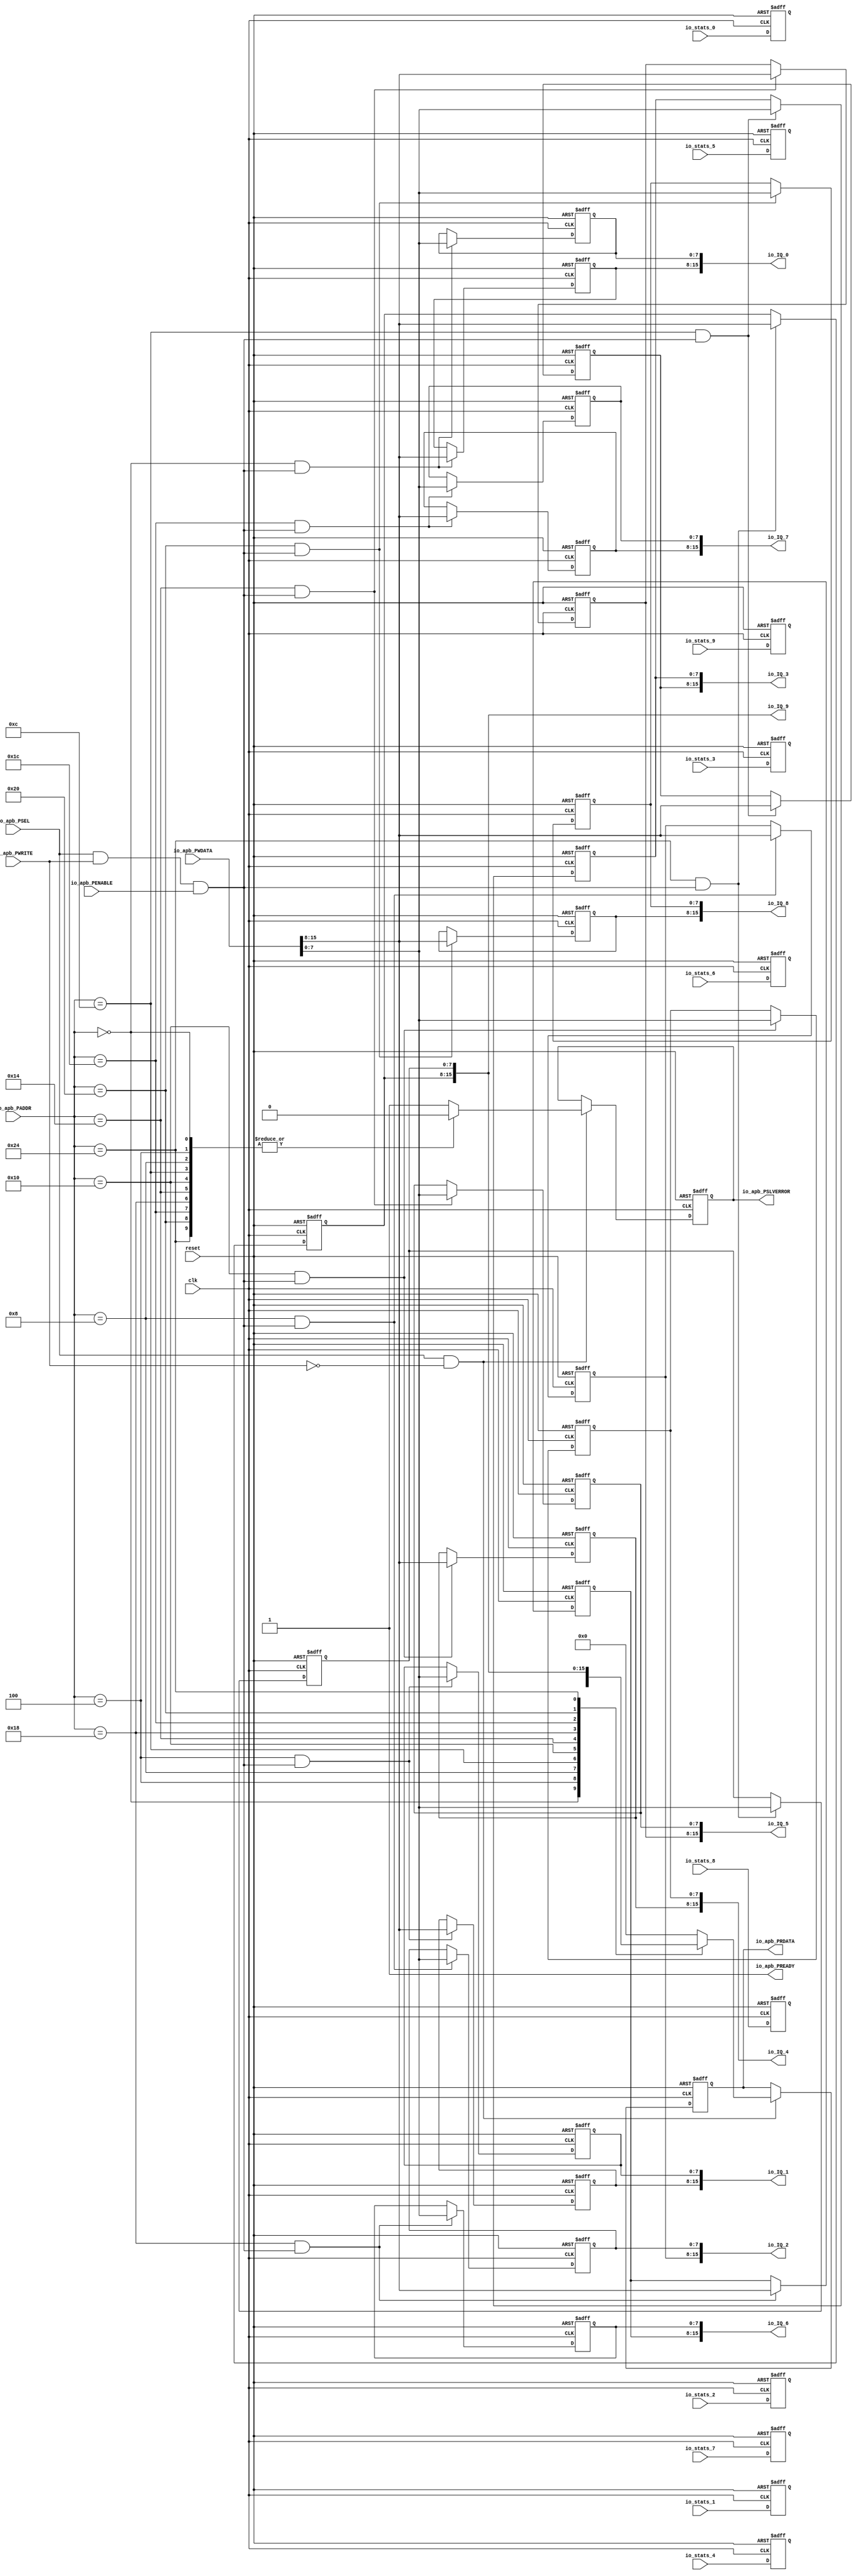
// Generator : SpinalHDL v1.7.2    git head : 08fc866bebdc40c471ebe327bface63e34406489
// Component : Regif_1
// Git hash  : 23d564a3e9d4d768c2cb1641ec7dc2becc0d2602

`timescale 1ns/1ps

module Regif_1 (
  input      [15:0]   io_apb_PADDR,
  input      [0:0]    io_apb_PSEL,
  input               io_apb_PENABLE,
  output              io_apb_PREADY,
  input               io_apb_PWRITE,
  input      [31:0]   io_apb_PWDATA,
  output     [31:0]   io_apb_PRDATA,
  output              io_apb_PSLVERROR,
  input      [15:0]   io_stats_0,
  input      [15:0]   io_stats_1,
  input      [15:0]   io_stats_2,
  input      [15:0]   io_stats_3,
  input      [15:0]   io_stats_4,
  input      [15:0]   io_stats_5,
  input      [15:0]   io_stats_6,
  input      [15:0]   io_stats_7,
  input      [15:0]   io_stats_8,
  input      [15:0]   io_stats_9,
  output reg [15:0]   io_IQ_0,
  output reg [15:0]   io_IQ_1,
  output reg [15:0]   io_IQ_2,
  output reg [15:0]   io_IQ_3,
  output reg [15:0]   io_IQ_4,
  output reg [15:0]   io_IQ_5,
  output reg [15:0]   io_IQ_6,
  output reg [15:0]   io_IQ_7,
  output reg [15:0]   io_IQ_8,
  output reg [15:0]   io_IQ_9,
  input               clk,
  input               reset
);

  reg                 busif_readError;
  reg        [31:0]   busif_readData;
  wire                busif_askWrite;
  wire                busif_askRead;
  wire                busif_doWrite;
  wire                busif_doRead;
  wire                read_hit_0x0000;
  wire                write_hit_0x0000;
  reg        [7:0]    real_1;
  reg        [7:0]    imag;
  reg        [15:0]   stat;
  wire                read_hit_0x0004;
  wire                write_hit_0x0004;
  reg        [7:0]    real_2;
  reg        [7:0]    imag_1;
  reg        [15:0]   stat_1;
  wire                read_hit_0x0008;
  wire                write_hit_0x0008;
  reg        [7:0]    real_3;
  reg        [7:0]    imag_2;
  reg        [15:0]   stat_2;
  wire                read_hit_0x000c;
  wire                write_hit_0x000c;
  reg        [7:0]    real_4;
  reg        [7:0]    imag_3;
  reg        [15:0]   stat_3;
  wire                read_hit_0x0010;
  wire                write_hit_0x0010;
  reg        [7:0]    real_5;
  reg        [7:0]    imag_4;
  reg        [15:0]   stat_4;
  wire                read_hit_0x0014;
  wire                write_hit_0x0014;
  reg        [7:0]    real_6;
  reg        [7:0]    imag_5;
  reg        [15:0]   stat_5;
  wire                read_hit_0x0018;
  wire                write_hit_0x0018;
  reg        [7:0]    real_7;
  reg        [7:0]    imag_6;
  reg        [15:0]   stat_6;
  wire                read_hit_0x001c;
  wire                write_hit_0x001c;
  reg        [7:0]    real_8;
  reg        [7:0]    imag_7;
  reg        [15:0]   stat_7;
  wire                read_hit_0x0020;
  wire                write_hit_0x0020;
  reg        [7:0]    real_9;
  reg        [7:0]    imag_8;
  reg        [15:0]   stat_8;
  wire                read_hit_0x0024;
  wire                write_hit_0x0024;
  reg        [7:0]    real_10;
  reg        [7:0]    imag_9;
  reg        [15:0]   stat_9;

  assign io_apb_PREADY = 1'b1;
  assign io_apb_PRDATA = busif_readData;
  assign io_apb_PSLVERROR = busif_readError;
  assign busif_askWrite = (io_apb_PSEL[0] && io_apb_PWRITE);
  assign busif_askRead = (io_apb_PSEL[0] && (! io_apb_PWRITE));
  assign busif_doWrite = ((busif_askWrite && io_apb_PENABLE) && io_apb_PREADY);
  assign busif_doRead = ((busif_askRead && io_apb_PENABLE) && io_apb_PREADY);
  assign read_hit_0x0000 = ((io_apb_PADDR == 16'h0) && busif_doRead);
  assign write_hit_0x0000 = ((io_apb_PADDR == 16'h0) && busif_doWrite);
  always @(*) begin
    io_IQ_0[7 : 0] = real_1;
    io_IQ_0[15 : 8] = imag;
  end

  assign read_hit_0x0004 = ((io_apb_PADDR == 16'h0004) && busif_doRead);
  assign write_hit_0x0004 = ((io_apb_PADDR == 16'h0004) && busif_doWrite);
  always @(*) begin
    io_IQ_1[7 : 0] = real_2;
    io_IQ_1[15 : 8] = imag_1;
  end

  assign read_hit_0x0008 = ((io_apb_PADDR == 16'h0008) && busif_doRead);
  assign write_hit_0x0008 = ((io_apb_PADDR == 16'h0008) && busif_doWrite);
  always @(*) begin
    io_IQ_2[7 : 0] = real_3;
    io_IQ_2[15 : 8] = imag_2;
  end

  assign read_hit_0x000c = ((io_apb_PADDR == 16'h000c) && busif_doRead);
  assign write_hit_0x000c = ((io_apb_PADDR == 16'h000c) && busif_doWrite);
  always @(*) begin
    io_IQ_3[7 : 0] = real_4;
    io_IQ_3[15 : 8] = imag_3;
  end

  assign read_hit_0x0010 = ((io_apb_PADDR == 16'h0010) && busif_doRead);
  assign write_hit_0x0010 = ((io_apb_PADDR == 16'h0010) && busif_doWrite);
  always @(*) begin
    io_IQ_4[7 : 0] = real_5;
    io_IQ_4[15 : 8] = imag_4;
  end

  assign read_hit_0x0014 = ((io_apb_PADDR == 16'h0014) && busif_doRead);
  assign write_hit_0x0014 = ((io_apb_PADDR == 16'h0014) && busif_doWrite);
  always @(*) begin
    io_IQ_5[7 : 0] = real_6;
    io_IQ_5[15 : 8] = imag_5;
  end

  assign read_hit_0x0018 = ((io_apb_PADDR == 16'h0018) && busif_doRead);
  assign write_hit_0x0018 = ((io_apb_PADDR == 16'h0018) && busif_doWrite);
  always @(*) begin
    io_IQ_6[7 : 0] = real_7;
    io_IQ_6[15 : 8] = imag_6;
  end

  assign read_hit_0x001c = ((io_apb_PADDR == 16'h001c) && busif_doRead);
  assign write_hit_0x001c = ((io_apb_PADDR == 16'h001c) && busif_doWrite);
  always @(*) begin
    io_IQ_7[7 : 0] = real_8;
    io_IQ_7[15 : 8] = imag_7;
  end

  assign read_hit_0x0020 = ((io_apb_PADDR == 16'h0020) && busif_doRead);
  assign write_hit_0x0020 = ((io_apb_PADDR == 16'h0020) && busif_doWrite);
  always @(*) begin
    io_IQ_8[7 : 0] = real_9;
    io_IQ_8[15 : 8] = imag_8;
  end

  assign read_hit_0x0024 = ((io_apb_PADDR == 16'h0024) && busif_doRead);
  assign write_hit_0x0024 = ((io_apb_PADDR == 16'h0024) && busif_doWrite);
  always @(*) begin
    io_IQ_9[7 : 0] = real_10;
    io_IQ_9[15 : 8] = imag_9;
  end

  always @(posedge clk or posedge reset) begin
    if(reset) begin
      busif_readError <= 1'b0;
      busif_readData <= 32'h0;
      real_1 <= 8'h0;
      imag <= 8'h0;
      stat <= 16'h0;
      real_2 <= 8'h0;
      imag_1 <= 8'h0;
      stat_1 <= 16'h0;
      real_3 <= 8'h0;
      imag_2 <= 8'h0;
      stat_2 <= 16'h0;
      real_4 <= 8'h0;
      imag_3 <= 8'h0;
      stat_3 <= 16'h0;
      real_5 <= 8'h0;
      imag_4 <= 8'h0;
      stat_4 <= 16'h0;
      real_6 <= 8'h0;
      imag_5 <= 8'h0;
      stat_5 <= 16'h0;
      real_7 <= 8'h0;
      imag_6 <= 8'h0;
      stat_6 <= 16'h0;
      real_8 <= 8'h0;
      imag_7 <= 8'h0;
      stat_7 <= 16'h0;
      real_9 <= 8'h0;
      imag_8 <= 8'h0;
      stat_8 <= 16'h0;
      real_10 <= 8'h0;
      imag_9 <= 8'h0;
      stat_9 <= 16'h0;
    end else begin
      if(write_hit_0x0000) begin
        real_1 <= io_apb_PWDATA[7 : 0];
      end
      if(write_hit_0x0000) begin
        imag <= io_apb_PWDATA[15 : 8];
      end
      stat <= io_stats_0;
      if(write_hit_0x0004) begin
        real_2 <= io_apb_PWDATA[7 : 0];
      end
      if(write_hit_0x0004) begin
        imag_1 <= io_apb_PWDATA[15 : 8];
      end
      stat_1 <= io_stats_1;
      if(write_hit_0x0008) begin
        real_3 <= io_apb_PWDATA[7 : 0];
      end
      if(write_hit_0x0008) begin
        imag_2 <= io_apb_PWDATA[15 : 8];
      end
      stat_2 <= io_stats_2;
      if(write_hit_0x000c) begin
        real_4 <= io_apb_PWDATA[7 : 0];
      end
      if(write_hit_0x000c) begin
        imag_3 <= io_apb_PWDATA[15 : 8];
      end
      stat_3 <= io_stats_3;
      if(write_hit_0x0010) begin
        real_5 <= io_apb_PWDATA[7 : 0];
      end
      if(write_hit_0x0010) begin
        imag_4 <= io_apb_PWDATA[15 : 8];
      end
      stat_4 <= io_stats_4;
      if(write_hit_0x0014) begin
        real_6 <= io_apb_PWDATA[7 : 0];
      end
      if(write_hit_0x0014) begin
        imag_5 <= io_apb_PWDATA[15 : 8];
      end
      stat_5 <= io_stats_5;
      if(write_hit_0x0018) begin
        real_7 <= io_apb_PWDATA[7 : 0];
      end
      if(write_hit_0x0018) begin
        imag_6 <= io_apb_PWDATA[15 : 8];
      end
      stat_6 <= io_stats_6;
      if(write_hit_0x001c) begin
        real_8 <= io_apb_PWDATA[7 : 0];
      end
      if(write_hit_0x001c) begin
        imag_7 <= io_apb_PWDATA[15 : 8];
      end
      stat_7 <= io_stats_7;
      if(write_hit_0x0020) begin
        real_9 <= io_apb_PWDATA[7 : 0];
      end
      if(write_hit_0x0020) begin
        imag_8 <= io_apb_PWDATA[15 : 8];
      end
      stat_8 <= io_stats_8;
      if(write_hit_0x0024) begin
        real_10 <= io_apb_PWDATA[7 : 0];
      end
      if(write_hit_0x0024) begin
        imag_9 <= io_apb_PWDATA[15 : 8];
      end
      stat_9 <= io_stats_9;
      if(busif_askRead) begin
        case(io_apb_PADDR)
          16'h0 : begin
            busif_readData <= {stat,{imag,real_1}};
            busif_readError <= 1'b0;
          end
          16'h0004 : begin
            busif_readData <= {stat_1,{imag_1,real_2}};
            busif_readError <= 1'b0;
          end
          16'h0008 : begin
            busif_readData <= {stat_2,{imag_2,real_3}};
            busif_readError <= 1'b0;
          end
          16'h000c : begin
            busif_readData <= {stat_3,{imag_3,real_4}};
            busif_readError <= 1'b0;
          end
          16'h0010 : begin
            busif_readData <= {stat_4,{imag_4,real_5}};
            busif_readError <= 1'b0;
          end
          16'h0014 : begin
            busif_readData <= {stat_5,{imag_5,real_6}};
            busif_readError <= 1'b0;
          end
          16'h0018 : begin
            busif_readData <= {stat_6,{imag_6,real_7}};
            busif_readError <= 1'b0;
          end
          16'h001c : begin
            busif_readData <= {stat_7,{imag_7,real_8}};
            busif_readError <= 1'b0;
          end
          16'h0020 : begin
            busif_readData <= {stat_8,{imag_8,real_9}};
            busif_readError <= 1'b0;
          end
          16'h0024 : begin
            busif_readData <= {stat_9,{imag_9,real_10}};
            busif_readError <= 1'b0;
          end
          default : begin
            busif_readData <= 32'h0;
            busif_readError <= 1'b1;
          end
        endcase
      end
    end
  end


endmodule